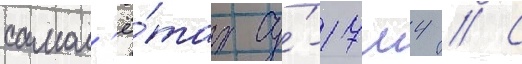
самол'ё́тах су́-17м4 // С